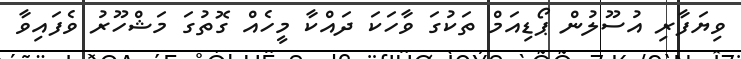
ވިޔަފާރި އުސޫލުން ޕޯޑިއަމް ތަކުގަ ވާހަކަ ދައްކާ މީހެއް ގޮތުގަ މަޝްހޫރު ވެފައިވާ